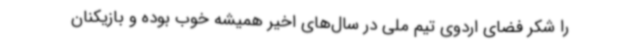
را شکر فضای اردوی تیم ملی در سال‌های اخیر همیشه خوب بوده و بازیکنان